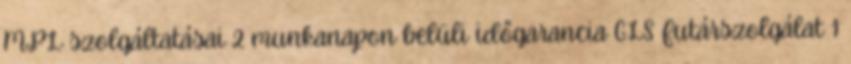
MPL szolgáltatásai 2 munkanapon belüli időgarancia GLS Futárszolgálat 1